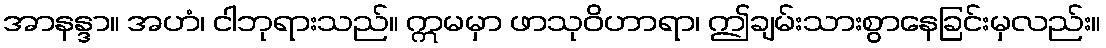
အာနန္ဒာ။ အဟံ၊ ငါဘုရားသည်။ ဣမမှာ ဖာသုဝိဟာရာ၊ ဤချမ်းသားစွာနေခြင်းမှလည်း။